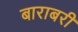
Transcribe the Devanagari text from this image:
बाराबरी